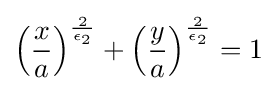
\left({\frac {x}{a}}\right)^{\frac {2}{\epsilon _{2}}}+\left({\frac {y}{a}}\right)^{\frac {2}{\epsilon _{2}}}=1